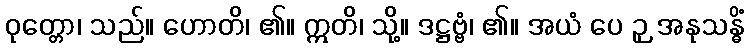
ဝုတ္တော၊ သည်။ ဟောတိ၊ ၏။ ဣတိ၊ သို့။ ဒဋ္ဌဗ္ဗံ၊ ၏။ အယံ ပေ ဉှ အနုသန္ဓိံ